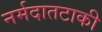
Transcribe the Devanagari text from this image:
नर्मदातटाकी